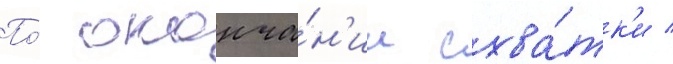
По́ оконча́н'ии схва́тк'и /